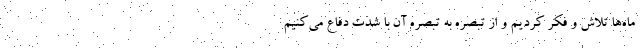
ماه‌ها تلاش و فکر کردیم و از تبصره به تبصره آن با شدت دفاع می‌کنیم